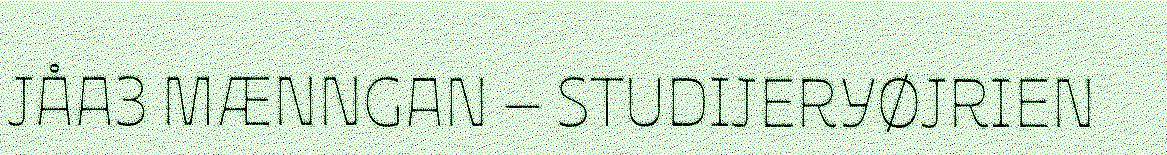
JÅA3 MÆNNGAN – STUDIJERYØJRIEN